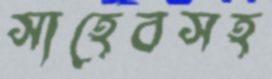
সাহেবসহ